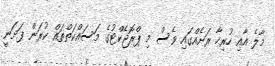
މާލެ އާއި ހުރިހާ ރަށެއްގައި ވެސް މި ޕްރޮޖެކްޓުގެ މަސައްކަތްތައް ކުރަަން ފަށަނީ